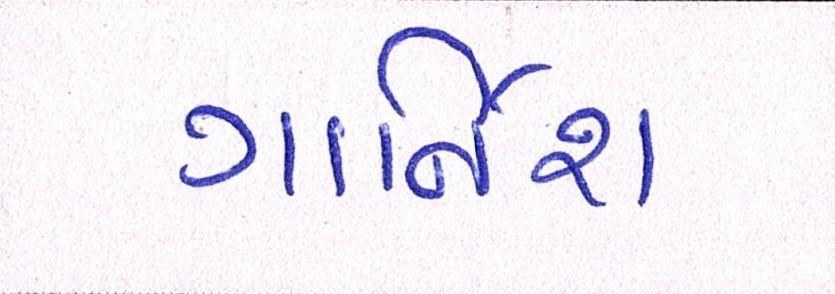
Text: ગાર્નિશ